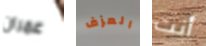
عمران العزف أنت